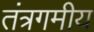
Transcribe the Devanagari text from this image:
तंत्रगमीय